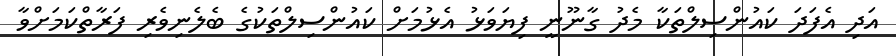
އަދި އެފަދަ ކައުންސިލްތަކާ މެދު ގާނޫނީ ފިޔަވަޅު އެޅުމަށް ކައުންސިލްތަކުގެ ބެލެނިވެރި ފަރާތްކަމަށްވާ